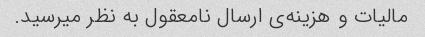
مالیات و هزینه‌ی ارسال نامعقول به نظر میرسید.